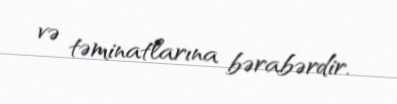
və təminatlarına bərabərdir.